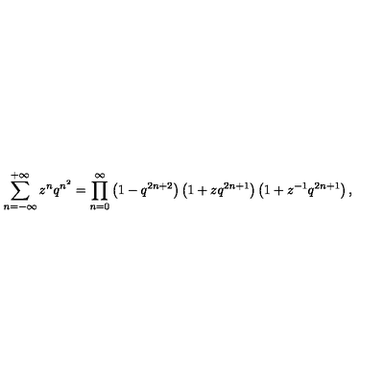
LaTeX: \sum _ { n = - \infty } ^ { + \infty } z ^ { n } q ^ { n ^ { 2 } } = \prod _ { n = 0 } ^ { \infty } \left( 1 - q ^ { 2 n + 2 } \right) \left( 1 + z q ^ { 2 n + 1 } \right) \left( 1 + z ^ { - 1 } q ^ { 2 n + 1 } \right) ,